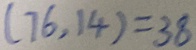
( 7 6 , 1 4 ) = 3 8